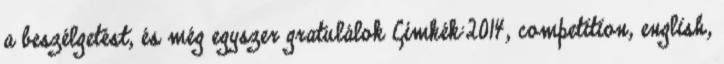
a beszélgetést, és még egyszer gratulálok Címkék:2014, competition, english,